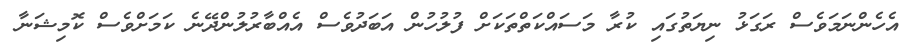
އެހެންނަމަވެސް ރަގަޅު ނިޔަތުގައި ކުރާ މަސައްކަތްތަކަށް ފުލުހުން އަބަދުވެސް އެއްބާރުލުންދޭނެ ކަމަށްވެސް ކޮމިޝަނާ